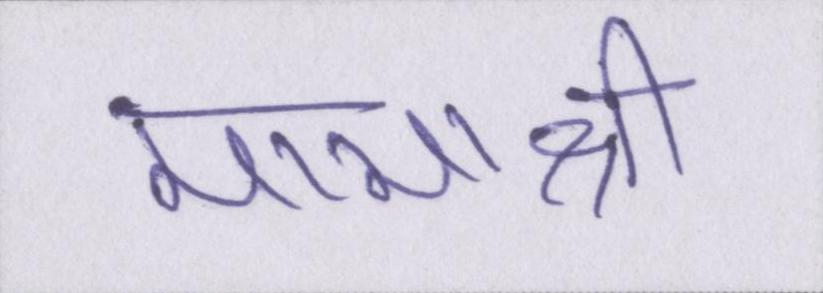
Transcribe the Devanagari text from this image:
मामाश्री